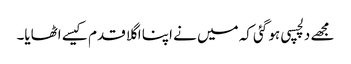
مجھے دلچسپی ہو گئی کہ میں نے اپنا اگلا قدم کیسے اٹھایا۔